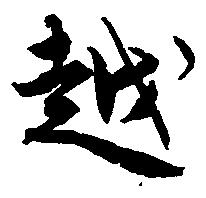
越